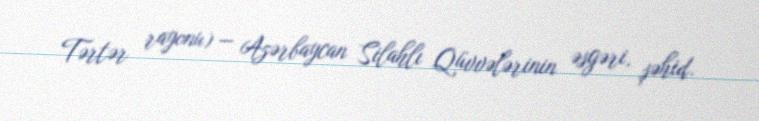
Tərtər rayonu) — Azərbaycan Silahlı Qüvvələrinin əsgəri, şəhid.